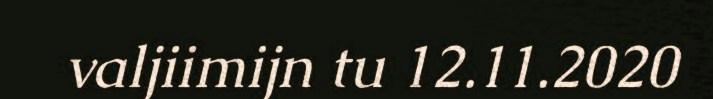
valjiimijn tu 12.11.2020